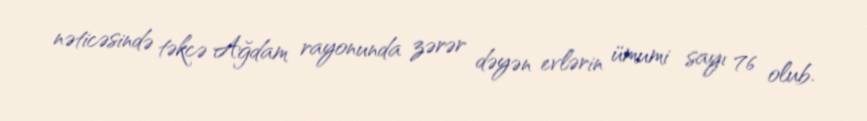
nəticəsində təkcə Ağdam rayonunda zərər dəyən evlərin ümumi sayı 76 olub.